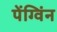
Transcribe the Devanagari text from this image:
पेंग्विंन